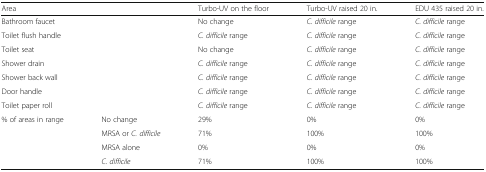
| <COLSPAN=2> Area | Turbo-UV on the floor | Turbo-UV raised 20 in. | EDU 435 raised 20 in. |
 | --- | --- | --- | --- | --- |
 | <COLSPAN=2> Bathroom faucet | No change | C. difficile range | C. difficile range |
 | <COLSPAN=2> Toilet flush handle | C. difficile range | C. difficile range | C. difficile range |
 | <COLSPAN=2> Toilet seat | No change | C. difficile range | C. difficile range |
 | <COLSPAN=2> Shower drain | C. difficile range | C. difficile range | C. difficile range |
 | <COLSPAN=2> Shower back wall | C. difficile range | C. difficile range | C. difficile range |
 | <COLSPAN=2> Door handle | C. difficile range | C. difficile range | C. difficile range |
 | <COLSPAN=2> Toilet paper roll | C. difficile range | C. difficile range | C. difficile range |
 | <ROWSPAN=4> % of areas in range | No change | 29% | 0% | 0% |
 | MRSA or C. difficile | 71% | 100% | 100% |
 | MRSA alone | 0% | 0% | 0% |
 | C. difficile | 71% | 100% | 100% |